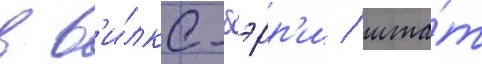
в в'и́лкс-бэрр'и / шта́т